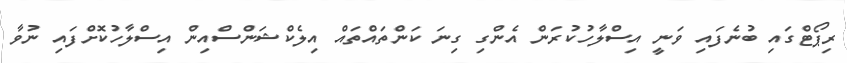
ރިޕޯޓްގައި ބުނެފައި ވަނީ އިސްލާހުކުރަން އެންގި ގިނަ ކަންތައްތައް އިލެކްޝަންސްއިން އިސްލާހުކޮށްފައި ނުވާ